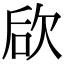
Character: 𣢨